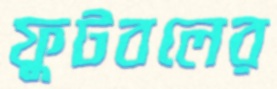
ফুটবলের